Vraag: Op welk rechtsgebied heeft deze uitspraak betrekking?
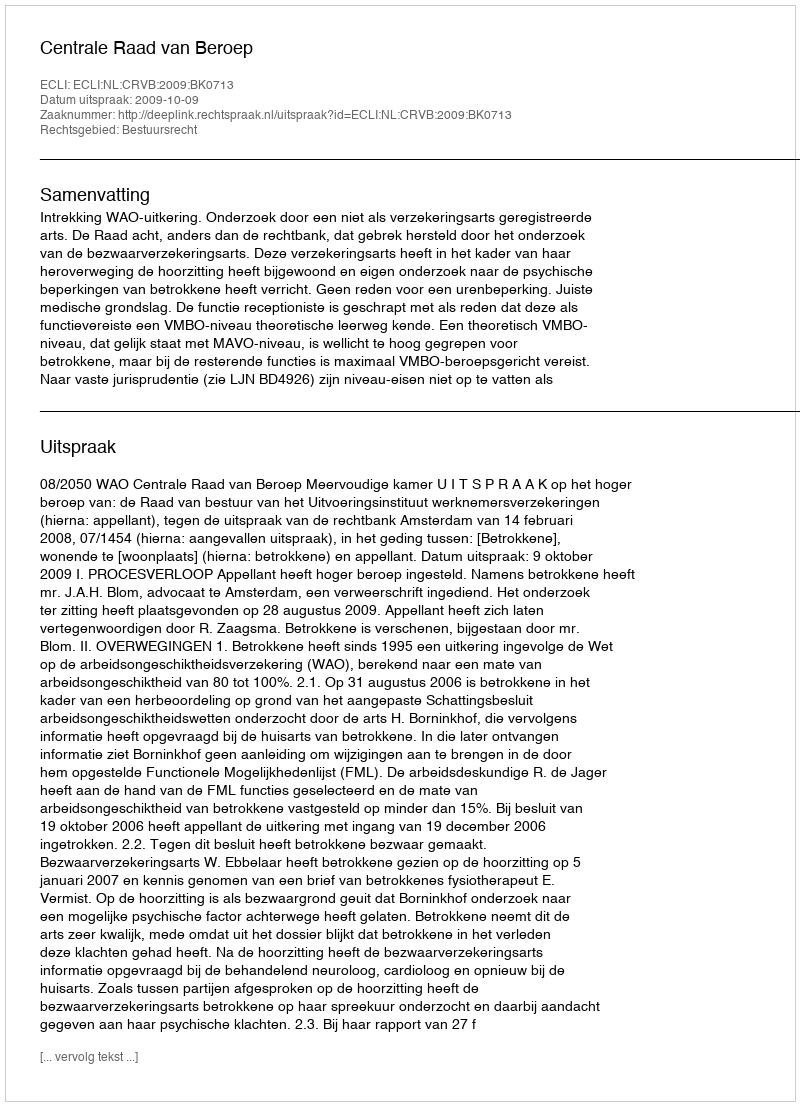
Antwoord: Bestuursrecht